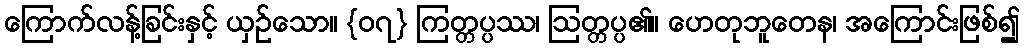
ကြောက်လန့်ခြင်းနှင့် ယှဉ်သော။ {၀၇} ကြတ္တပ္ပဿ၊ ဩတ္တပ္ပ၏။ ဟေတုဘူတေန၊ အကြောင်းဖြစ်၍